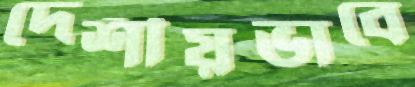
দেশীয়ভাবে